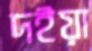
দইয়া